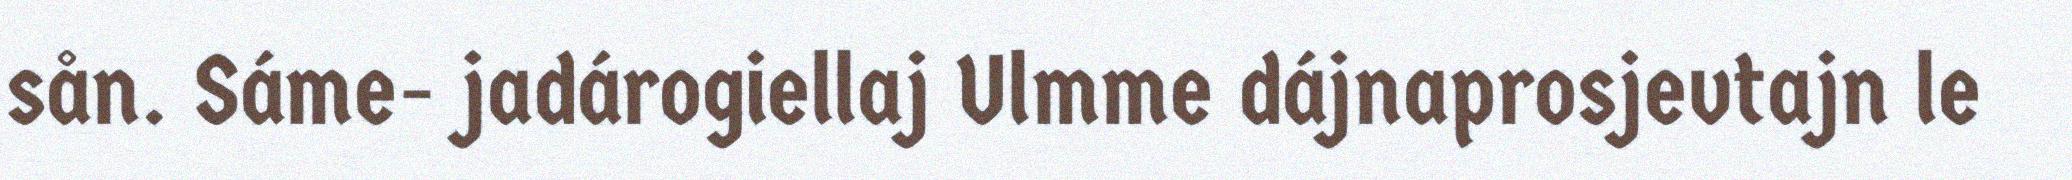
sån. Sáme- jadárogiellaj Ulmme dájnaprosjevtajn le